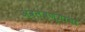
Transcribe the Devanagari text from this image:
अवलंबण्याचा